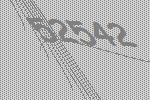
52542